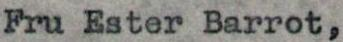
Fru Ester Barrot,